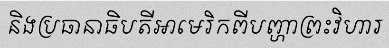
និងប្រធានាធិបតីអាមេរិកពីបញ្ហាព្រះវិហារ